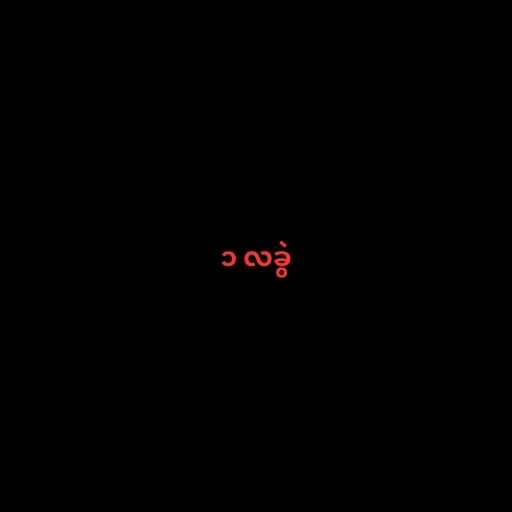
၁ လခွဲ